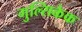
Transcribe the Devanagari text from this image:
गुल्सिकेक